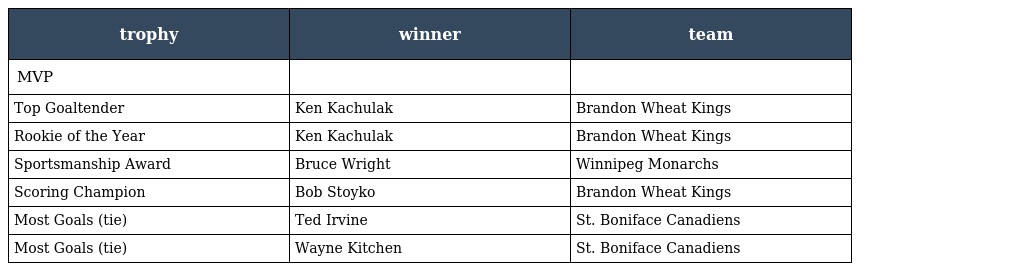
| trophy | winner | team |
 | --- | --- | --- |
 | MVP |  |  |
 | Top Goaltender | Ken Kachulak | Brandon Wheat Kings |
 | Rookie of the Year | Ken Kachulak | Brandon Wheat Kings |
 | Sportsmanship Award | Bruce Wright | Winnipeg Monarchs |
 | Scoring Champion | Bob Stoyko | Brandon Wheat Kings |
 | Most Goals (tie) | Ted Irvine | St. Boniface Canadiens |
 | Most Goals (tie) | Wayne Kitchen | St. Boniface Canadiens |